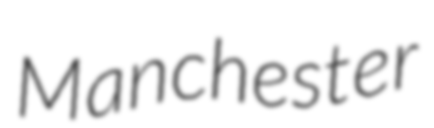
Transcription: Manchester